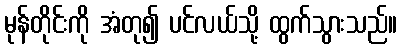
မုန်တိုင်းကို အံတု၍ ပင်လယ်သို့ ထွက်သွားသည်။